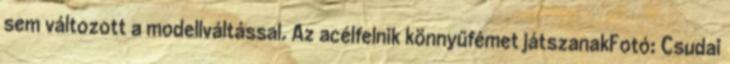
sem változott a modellváltással. Az acélfelnik könnyűfémet játszanakFotó: Csudai